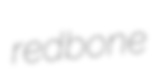
redbone